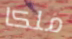
ملكا